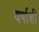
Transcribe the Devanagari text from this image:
वर्षाशी